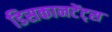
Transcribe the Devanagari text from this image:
डिसकानटेंट्स